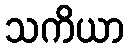
သကိယာ